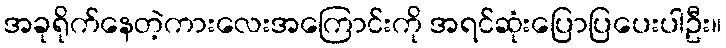
အခုရိုက်နေတဲ့ကားလေးအကြောင်းကို အရင်ဆုံးပြောပြပေးပါဦး။